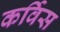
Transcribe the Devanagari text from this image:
कर्विस